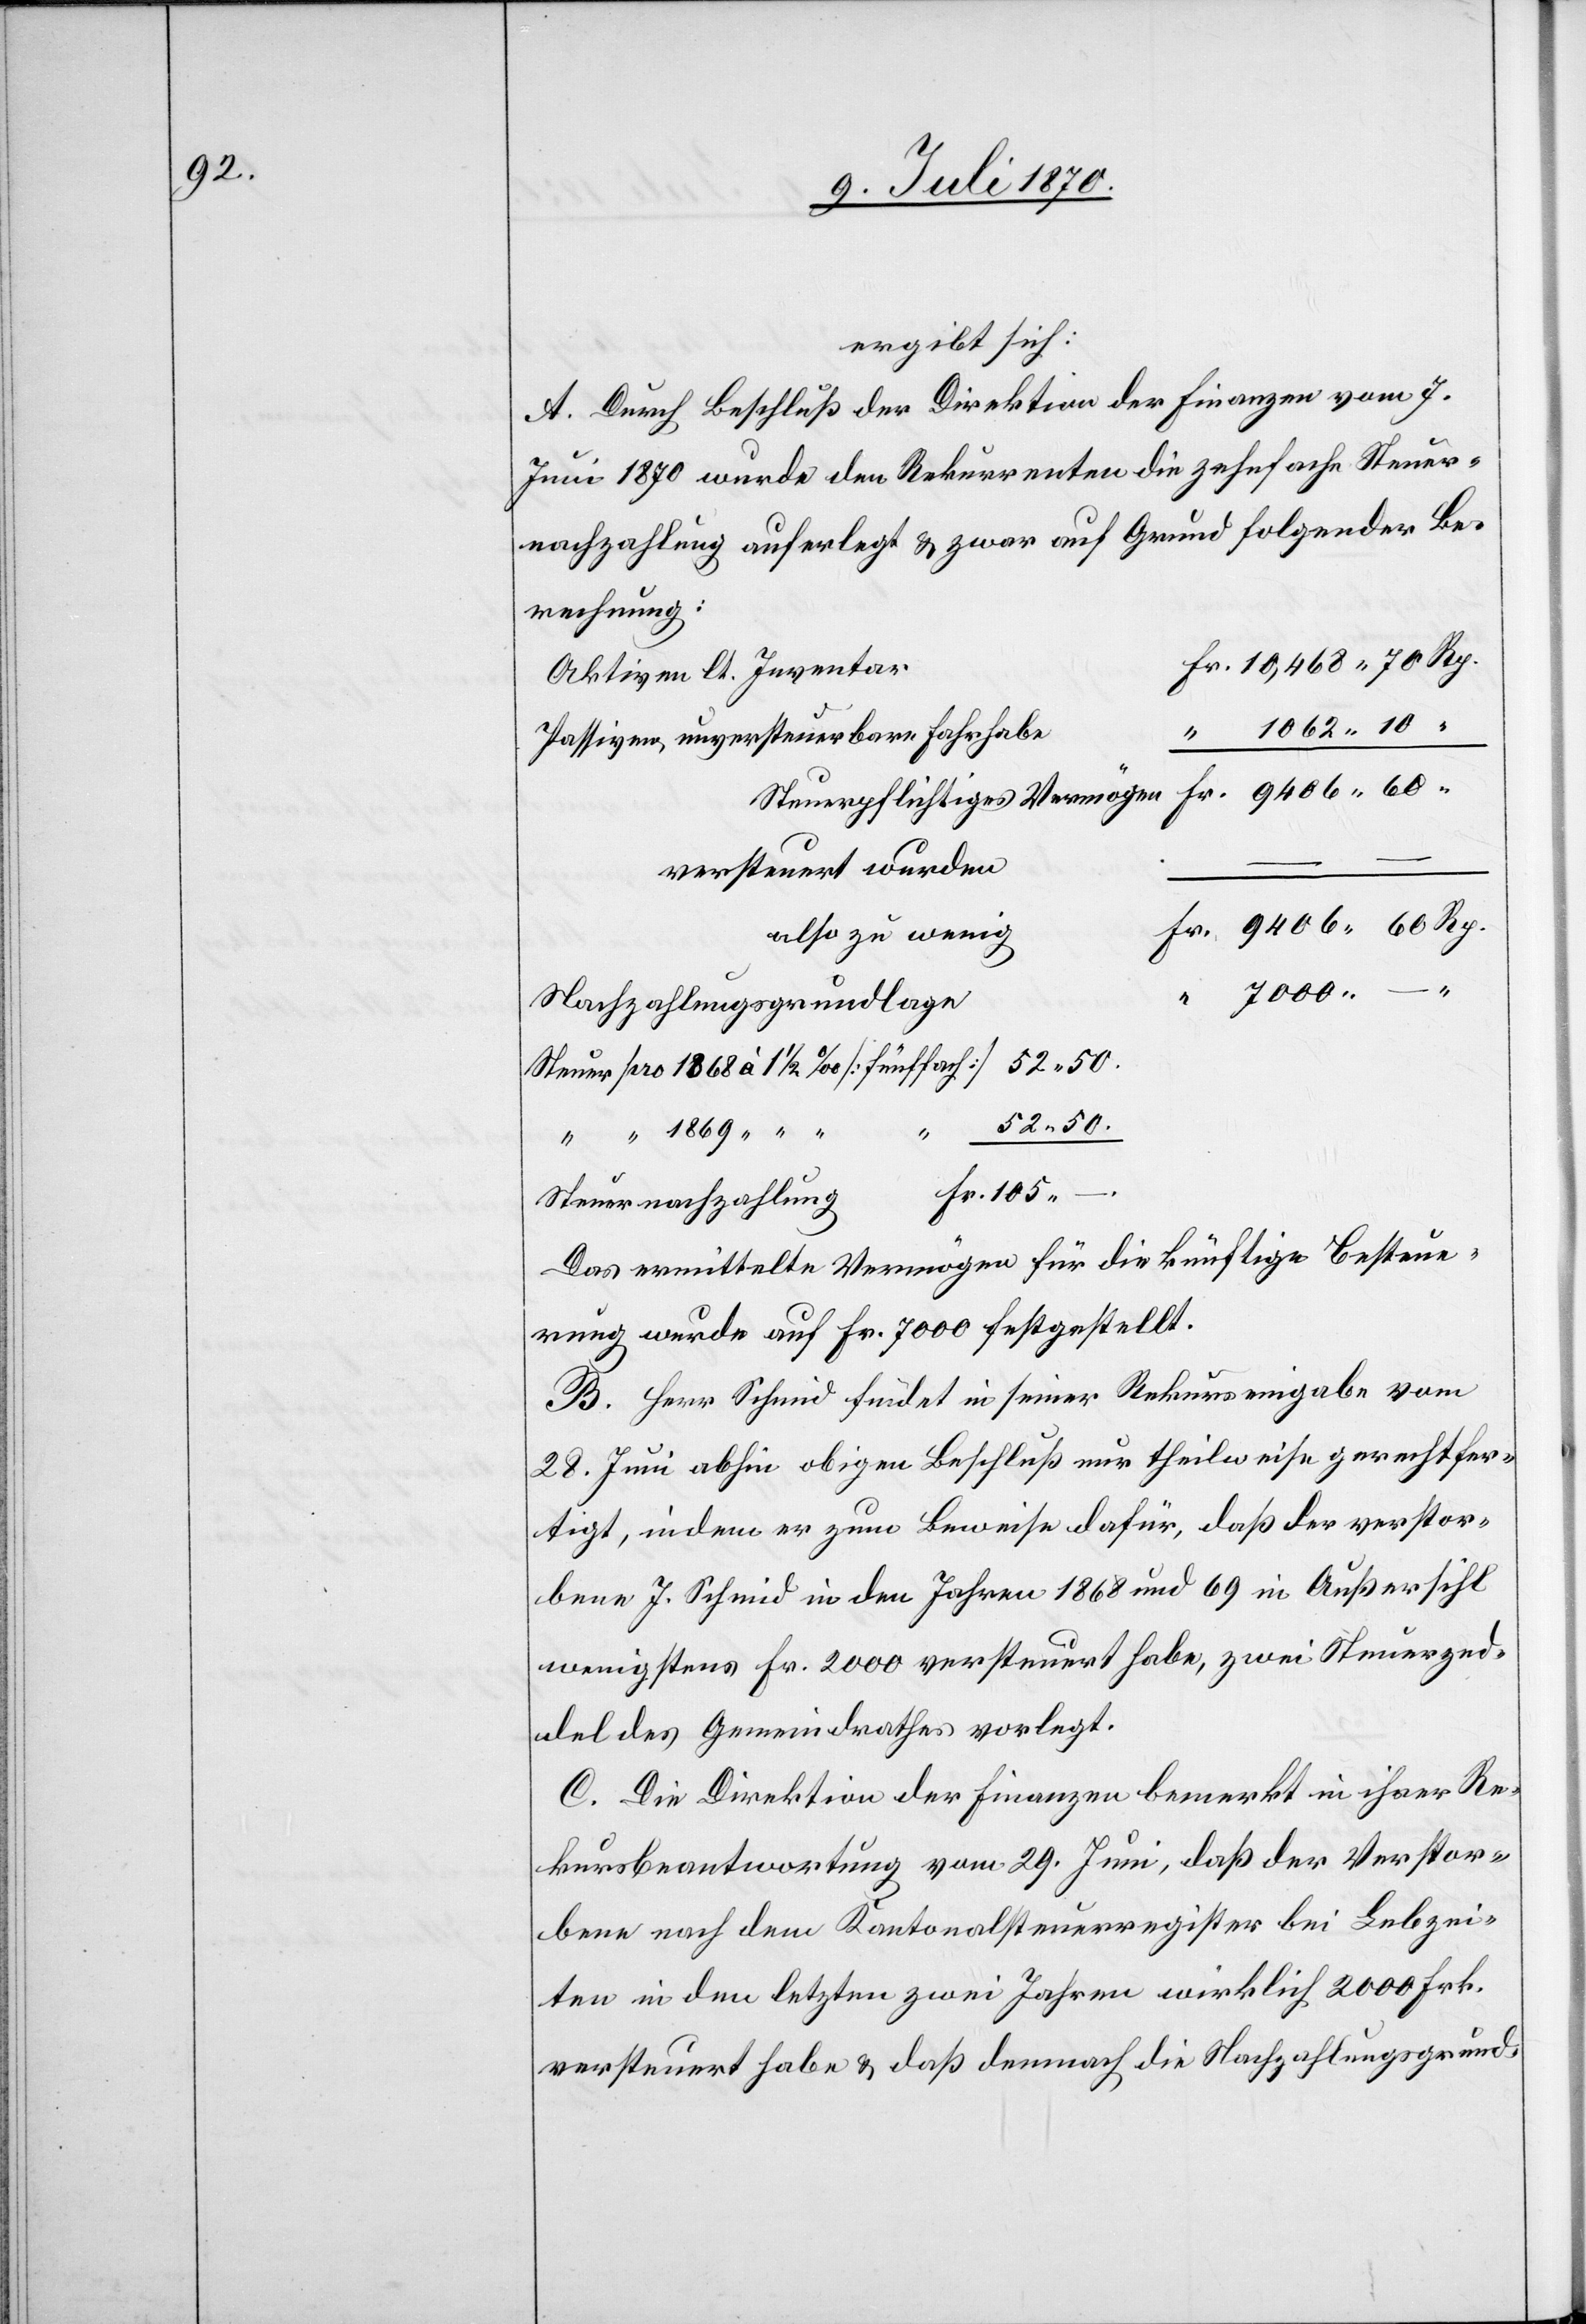
ergibt sich:
A. Durch Beschluß der Direktion der Finanzen vom 7.
Juni 1870 wurde den Rekurrenten die zehnfacher Steuer¬
nachzahlung auferlegt & zwar auf Grund folgender Be¬
rechnung:
Aktiven lt. Inventar
Passiven, unversteuerbare Fahrhabe
Steuerpflichtiges Vermögen
versteuert wurden
also zu wenig
Nachzahlungsgrundlage
Steuer pro 1868 à 1 1/2‰ [fünffach]
52.50.
Steuernachzahlung
Das ermittelte Vermögen für die künftige Besteue¬
rung wurde auf Fr. 7000 festgestellt.
B. Herr Schmid findet in seiner Rekurseingabe vom
28. Juni abhin obigen Beschluß nur theilweise gerechtfer¬
tigt, indem er zum Beweise dafür, daß der verstor¬
bene J. Schmid in den Jahren 1868 und 69 in Außersihl
wenigstens Fr. 2000 versteuert habe, zwei Steuerzed¬
del des Gemeindrathes vorlegt
C. Die Direktion der Finanzen bemerkt in ihrer Re¬
kursbeantwortung vom 29. Juni, daß der Verstor¬
bene nach dem Kantonalsteuerregister bei Lebzei¬
ten in den letzten zwei Jahren wirklich 2000 Frk.
versteuert habe & daß demnach die Nachzahlungsgrund-